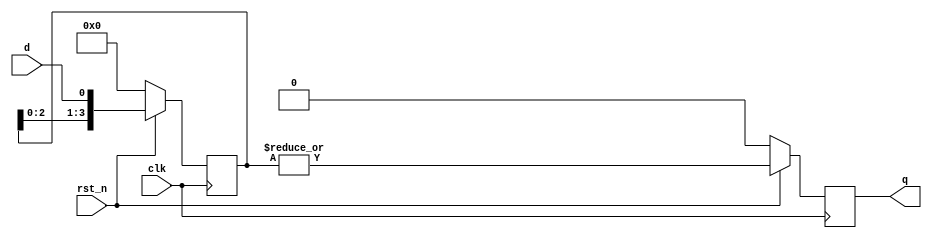
/**********************************************
______________                ______________
______________ \  /\  /|\  /| ______________
______________  \/  \/ | \/ | ______________
descript:
author : Young
Version:
creaded: 2015/5/14 14:37:22
madified:
***********************************************/
`timescale 1ns/1ps
module broaden #(
	parameter		PHASE	= "POSITIVE",  //POSITIVE NEGATIVE
	parameter		LEN		= 4
)(
	input			clk,
	input			rst_n,
	input			d,
	output			q
);


reg	[LEN-1:0]		dq;
reg					q_reg;
always@(posedge clk/*,negedge rst_n*/)
	if(~rst_n)
		if(PHASE == "POSITIVE")
				dq	<= {LEN{1'b0}};
		else	dq	<= {LEN{1'b1}};
	else		dq	<= {dq[LEN-2:0],d};

always@(posedge clk/*,negedge rst_n*/)
	if(PHASE == "POSITIVE")
		if(~rst_n)	q_reg	<= 1'b0;
		else		q_reg	<= |dq;
	else if(PHASE == "NEGATIVE")
		if(~rst_n)	q_reg	<= 1'b1;
		else		q_reg	<= &dq;


assign	q	= q_reg;

endmodule